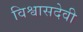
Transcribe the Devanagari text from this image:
विश्वासदेवी